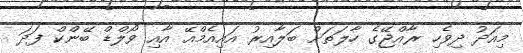
މިއަދު ދިވެހި ރާއްޖޭގެ ހާލަތަށް ބަލާއިރު އައިއެމްއޭ އާއި ވޯލްޑް ބޭންކް ފަދަ